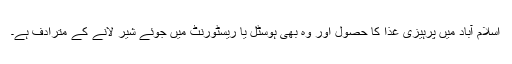
اسلام آباد میں پرہیزی غذا کا حصول اور وہ بھی ہوسٹل یا ریسٹورنٹ میں جوئے شیر لانے کے مترادف ہے۔